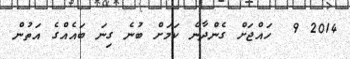
2014 9  ހައްޖަށް ގެންދާނެ ކަމަށް ބުނެ ގިނަ ބައެއްގެ އަތުން